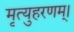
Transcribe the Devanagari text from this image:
मृत्युहरणम्‌।